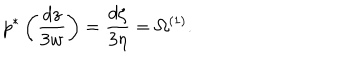
LaTeX: p ^ { * } \left( \frac { d z } { 3 w } \right) = \frac { d \zeta } { 3 \eta } = \Omega ^ { ( 1 ) } .